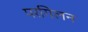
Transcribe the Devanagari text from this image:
परगिलन